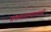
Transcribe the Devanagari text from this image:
संचालनालयासारखी